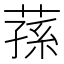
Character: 蓀